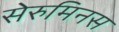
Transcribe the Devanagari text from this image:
सेरुमिनस